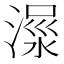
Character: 𣹺